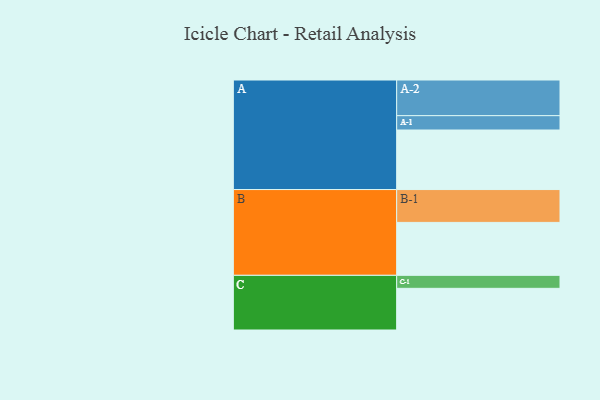
{"axis": {"x": "Segment", "y": "Value"}, "legend": ["", "A", "B", "C"], "data": [{"x": "A", "y": 486, "type": ""}, {"x": "B", "y": 432, "type": ""}, {"x": "C", "y": 340, "type": ""}, {"x": "A-1", "y": 117, "type": "A"}, {"x": "A-2", "y": 291, "type": "A"}, {"x": "B-1", "y": 268, "type": "B"}, {"x": "C-1", "y": 106, "type": "C"}]}